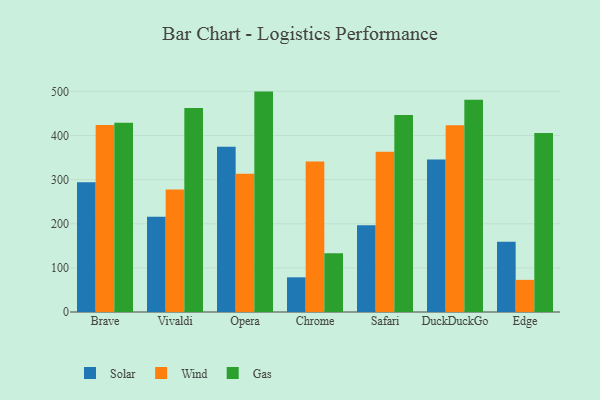
{"axis": {"x": "Browser", "y": "Population (Million)"}, "legend": ["Gas", "Solar", "Wind"], "data": [{"x": "Brave", "y": 294.3, "type": "Solar"}, {"x": "Brave", "y": 423.9, "type": "Wind"}, {"x": "Brave", "y": 429.0, "type": "Gas"}, {"x": "Vivaldi", "y": 215.7, "type": "Solar"}, {"x": "Vivaldi", "y": 277.9, "type": "Wind"}, {"x": "Vivaldi", "y": 462.5, "type": "Gas"}, {"x": "Opera", "y": 374.7, "type": "Solar"}, {"x": "Opera", "y": 313.6, "type": "Wind"}, {"x": "Opera", "y": 499.6, "type": "Gas"}, {"x": "Chrome", "y": 78.6, "type": "Solar"}, {"x": "Chrome", "y": 341.3, "type": "Wind"}, {"x": "Chrome", "y": 132.9, "type": "Gas"}, {"x": "Safari", "y": 196.5, "type": "Solar"}, {"x": "Safari", "y": 363.3, "type": "Wind"}, {"x": "Safari", "y": 446.8, "type": "Gas"}, {"x": "DuckDuckGo", "y": 345.8, "type": "Solar"}, {"x": "DuckDuckGo", "y": 423.4, "type": "Wind"}, {"x": "DuckDuckGo", "y": 481.2, "type": "Gas"}, {"x": "Edge", "y": 159.5, "type": "Solar"}, {"x": "Edge", "y": 72.8, "type": "Wind"}, {"x": "Edge", "y": 405.8, "type": "Gas"}]}